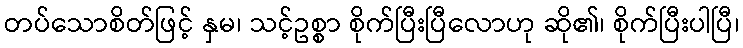
တပ်သောစိတ်ဖြင့် နှမ၊ သင့်ဥစ္စာ စိုက်ပြီးပြီလောဟု ဆို၏၊ စိုက်ပြီးပါပြီ၊